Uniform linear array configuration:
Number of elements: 64
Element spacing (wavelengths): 0.5
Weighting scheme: uniform
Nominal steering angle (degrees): -15
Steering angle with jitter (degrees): -14.384
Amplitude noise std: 0.05
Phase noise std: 0.05

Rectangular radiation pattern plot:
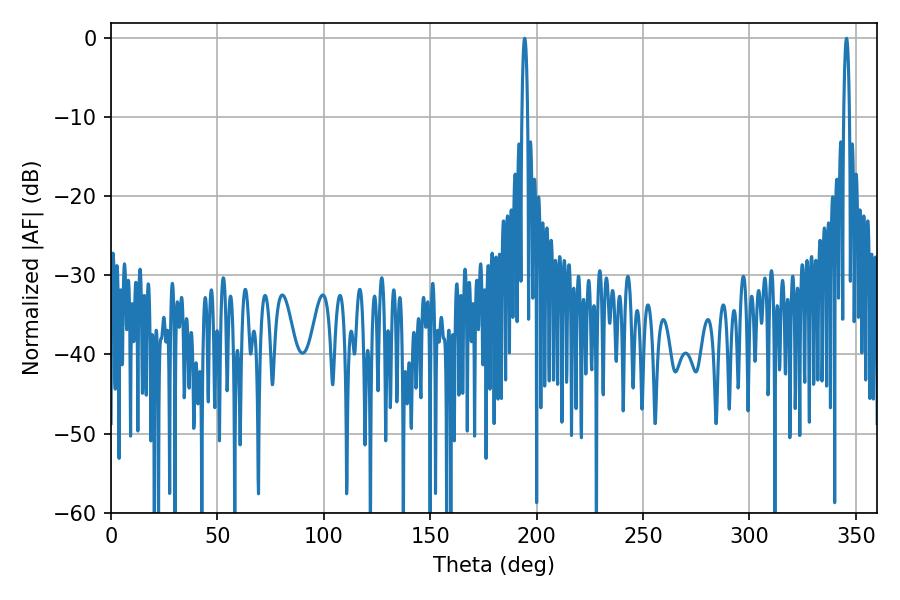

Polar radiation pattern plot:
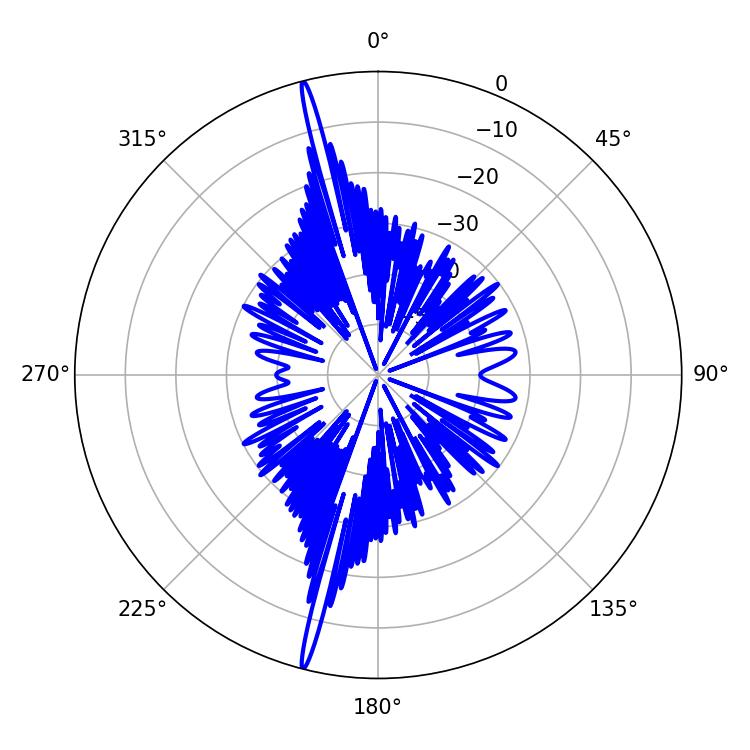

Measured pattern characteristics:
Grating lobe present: FALSE
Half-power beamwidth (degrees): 1.44
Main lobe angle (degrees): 345.6